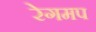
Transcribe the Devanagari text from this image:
रेगमप